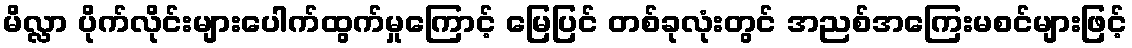
မိလ္လာ ပိုက်လိုင်းများပေါက်ထွက်မှုကြောင့် မြေပြင် တစ်ခုလုံးတွင် အညစ်အကြေးမစင်များဖြင့်